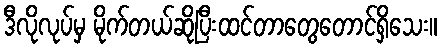
ဒီလိုလုပ်မှ မိုက်တယ်ဆိုပြီးထင်တာတွေတောင်ရှိသေး။